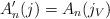
LaTeX: \begin{align*} A'_n(j) = A_n(j_V)\end{align*}